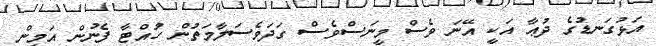
އަޅުގަނޑުގެ ދުޢާ އަކީ އޭނަ ވެސް މީނަސްވެސް ގަދަވެސަލާމަތުން ހުއްޓާ ފެނުން އަމީން